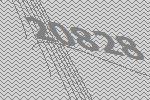
20828